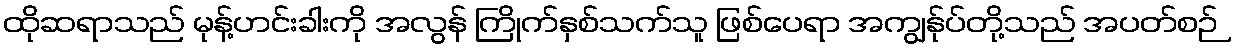
ထိုဆရာသည် မုန့်ဟင်းခါးကို အလွန် ကြိုက်နှစ်သက်သူ ဖြစ်ပေရာ အကျွန်ုပ်တို့သည် အပတ်စဉ်